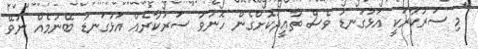
"މި ސަރުކާރަކީ އަޅުގަނޑު ވެސް ތާއީދުކޮށްގެން ހޮނުވު ސަރުކާރެއް އަޅުގަނޑު ބޭނުމެއް ނުވޭ